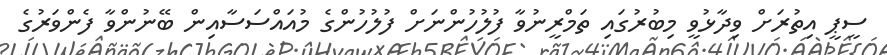
ސީޕީ އިތުރަށް ވިދާޅުވީ މިބުރުގައި ތަމްރީނުވާ ފުލުހުންނަށް ފުލުހުންގެ މުއައްސަސާއިން ބޭނުންވާ ފެންވަރުގެ